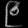
Digit: ၉